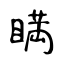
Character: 𥈞